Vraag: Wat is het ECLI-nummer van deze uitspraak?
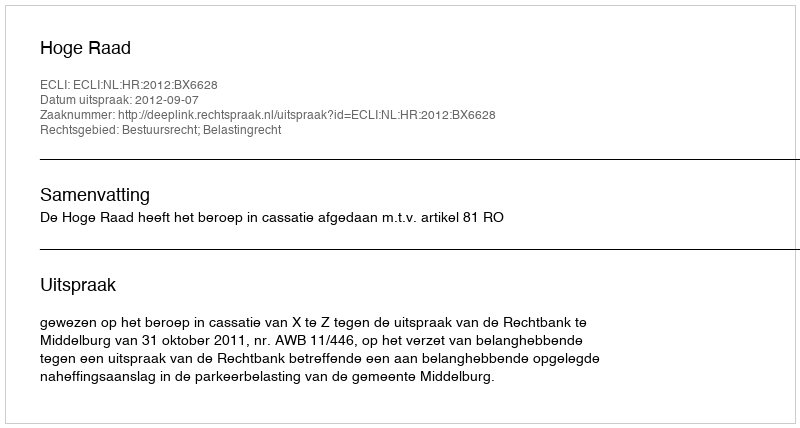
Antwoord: ECLI:NL:HR:2012:BX6628